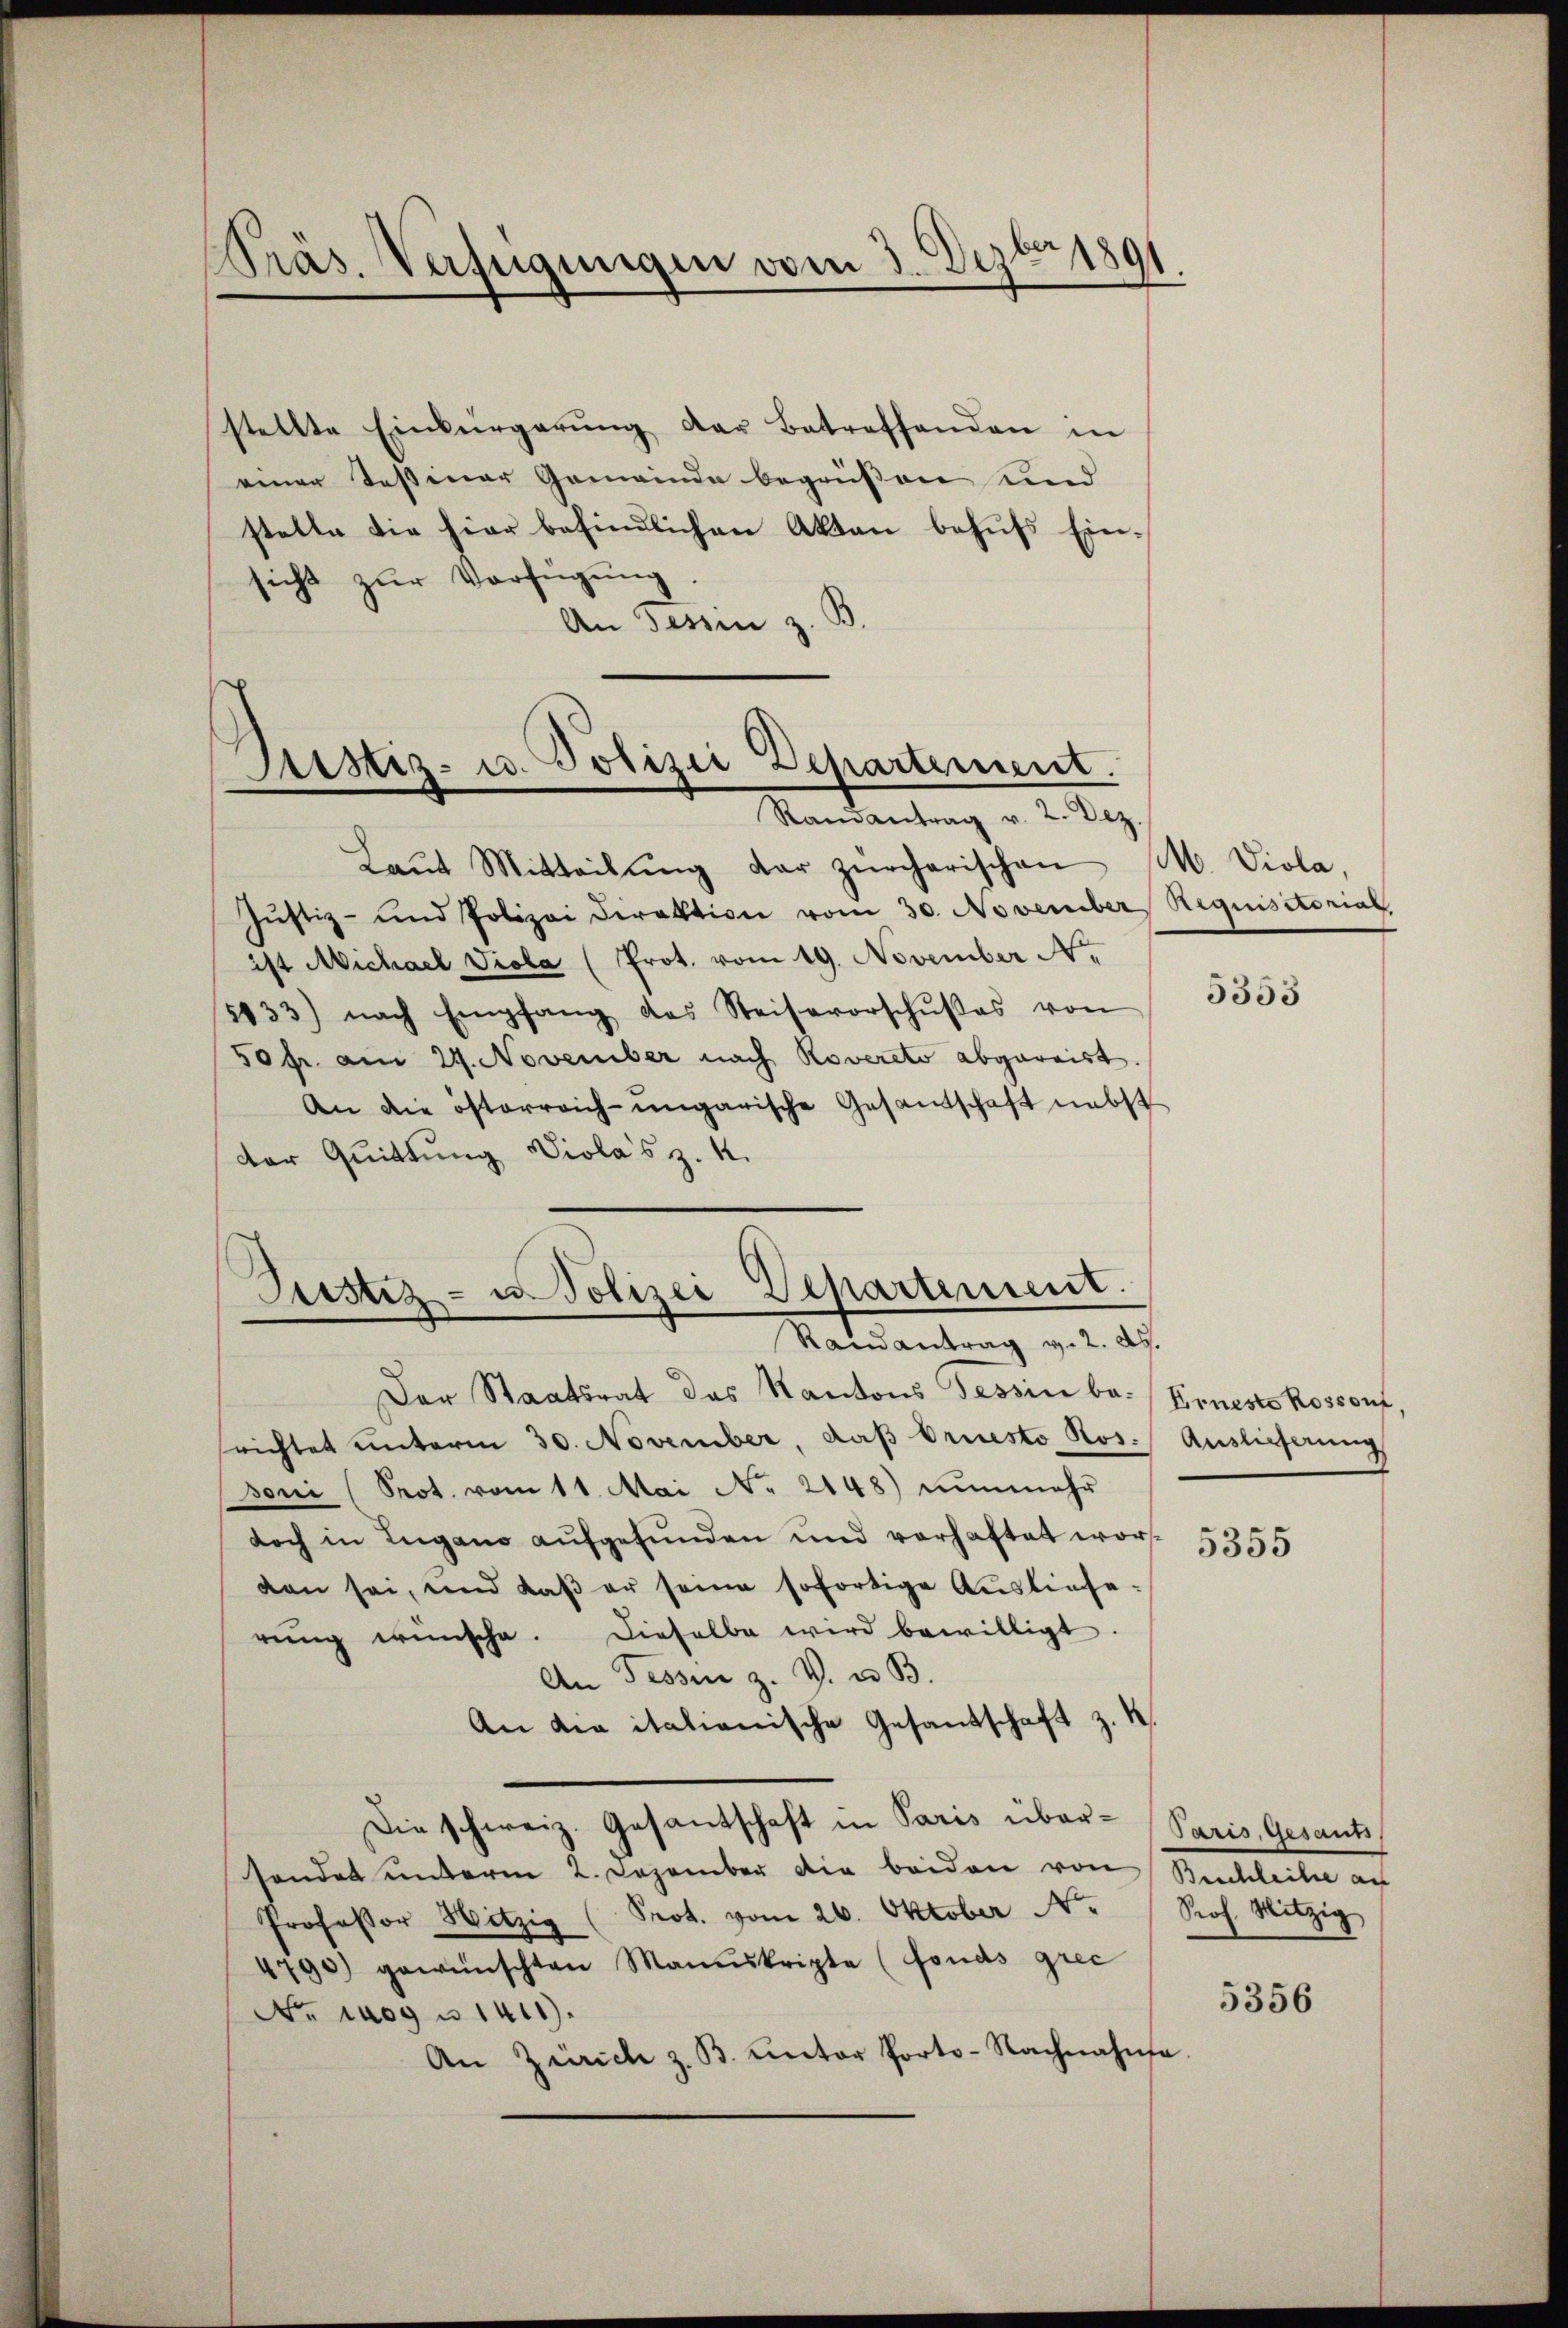
Kräs. Verfügungen vom 3. Dezbr 1891

stellte Einbürgerŭng der Betreffenden in
einer Teßiner Gemeinde begrüssen und
stelle die hier befindlichen Akten behufs Einsicht zur Verfügung.
B.
An Tessin z

Justiz- u. Polizei Departement.
Randantrag v. 2. Dez.

Justiz- u Polizei Departement.
Randantrag v. 2. ds.

Laŭt Mitteilŭng der zürcherischen
Justiz- und Polizei Direktion vom 30. November Requisitorial
ist Michael Viola (Prot. vom 19. November Nr.
5133) nach Empfang das Reisevorschŭβes von
50 fr. am 29. November nach Rovereto abgereist.
An die österreich-ungarische Gesantschaft nebst
der Quittung Viola’s z. K.
Der Staatsrat des Kantons Tessin be-
srichtet unterm 30. November, daβ Priesto Ros. Auslieferung
doni (Prot. vom 11. Mai No 2148) nunmehr
doch in Lugano aufgefunden und vorhaftet worden sei, und daβ er seine sofortige Auslieferŭng wünsche. Dieselbe wird bewilligt.
An Tessin z. V. u. B.
An die italianische Gesandschaft z. K
Die schweiz. Gesantschaft in Paris übersonder unterm 2. Dezember die beiden von Buchleiter au
Professor Witzig (Prot. vom 26. Oktober Nr. Prof. Mitzig
4790) gewünschten Manuskripte (fonds grec
No 109 u 1411.
An Zürich z. B. unter Porto-Nachnahme.

M. Viola,

5353

Erneste Kossont

5355

Paris, Gesant

5356